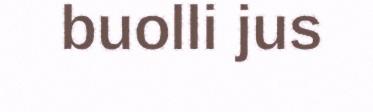
buolli jus